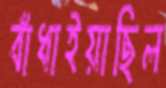
বাঁধাইয়াছিল